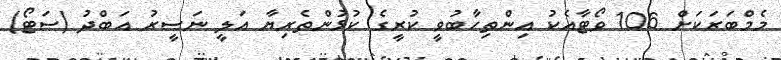
މެމްބަރަކަށް 106 ވޯޓާއެކު އިންތިހާބުވީ ކުރީގެ ކުޅުންތެރިޔާ އަލީ ނަސީރު އަބްދު (ސަޓޯ)